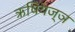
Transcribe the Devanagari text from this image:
ऋषियज्ञ